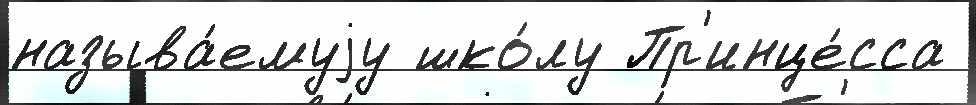
называ́емуjу шко́лу Пр'инце́сса